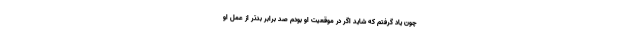
چون یاد گرفتم که شاید اگر در موقعیت او بودم صد برابر بدتر از عمل او